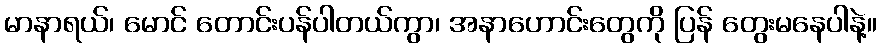
မာနာရယ်၊ မောင် တောင်းပန်ပါတယ်ကွာ၊ အနာဟောင်းတွေကို ပြန် တွေးမနေပါနဲ့။